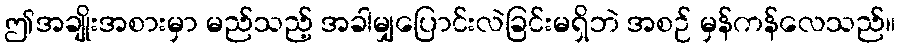
ဤအချိုးအစားမှာ မည်သည့် အခါမျှပြောင်းလဲခြင်းမရှိဘဲ အစဉ် မှန်ကန်လေသည်။